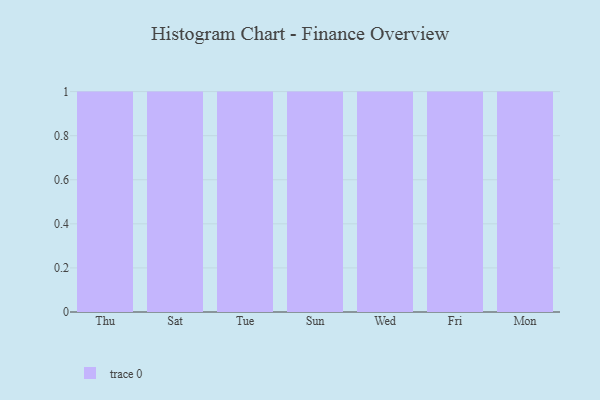
{"axis": {"x": "Day", "y": "Website Visitors"}, "legend": [""], "data": [{"x": "Thu", "y": 69, "type": ""}, {"x": "Sat", "y": 20, "type": ""}, {"x": "Tue", "y": 84, "type": ""}, {"x": "Sun", "y": 28, "type": ""}, {"x": "Wed", "y": 53, "type": ""}, {"x": "Fri", "y": 32, "type": ""}, {"x": "Mon", "y": 51, "type": ""}]}